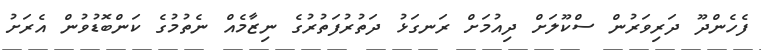
ފެހެންދޫ ދަރިވަރުން ސްކޫލަށް ދިއުމަށް ރަނގަޅު ދަތުރުފަތުރުގެ ނިޒާމެއް ނެތުމުގެ ކަންބޮޑުވުން އެރަށު